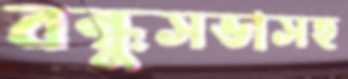
বন্ধুসভাসহ